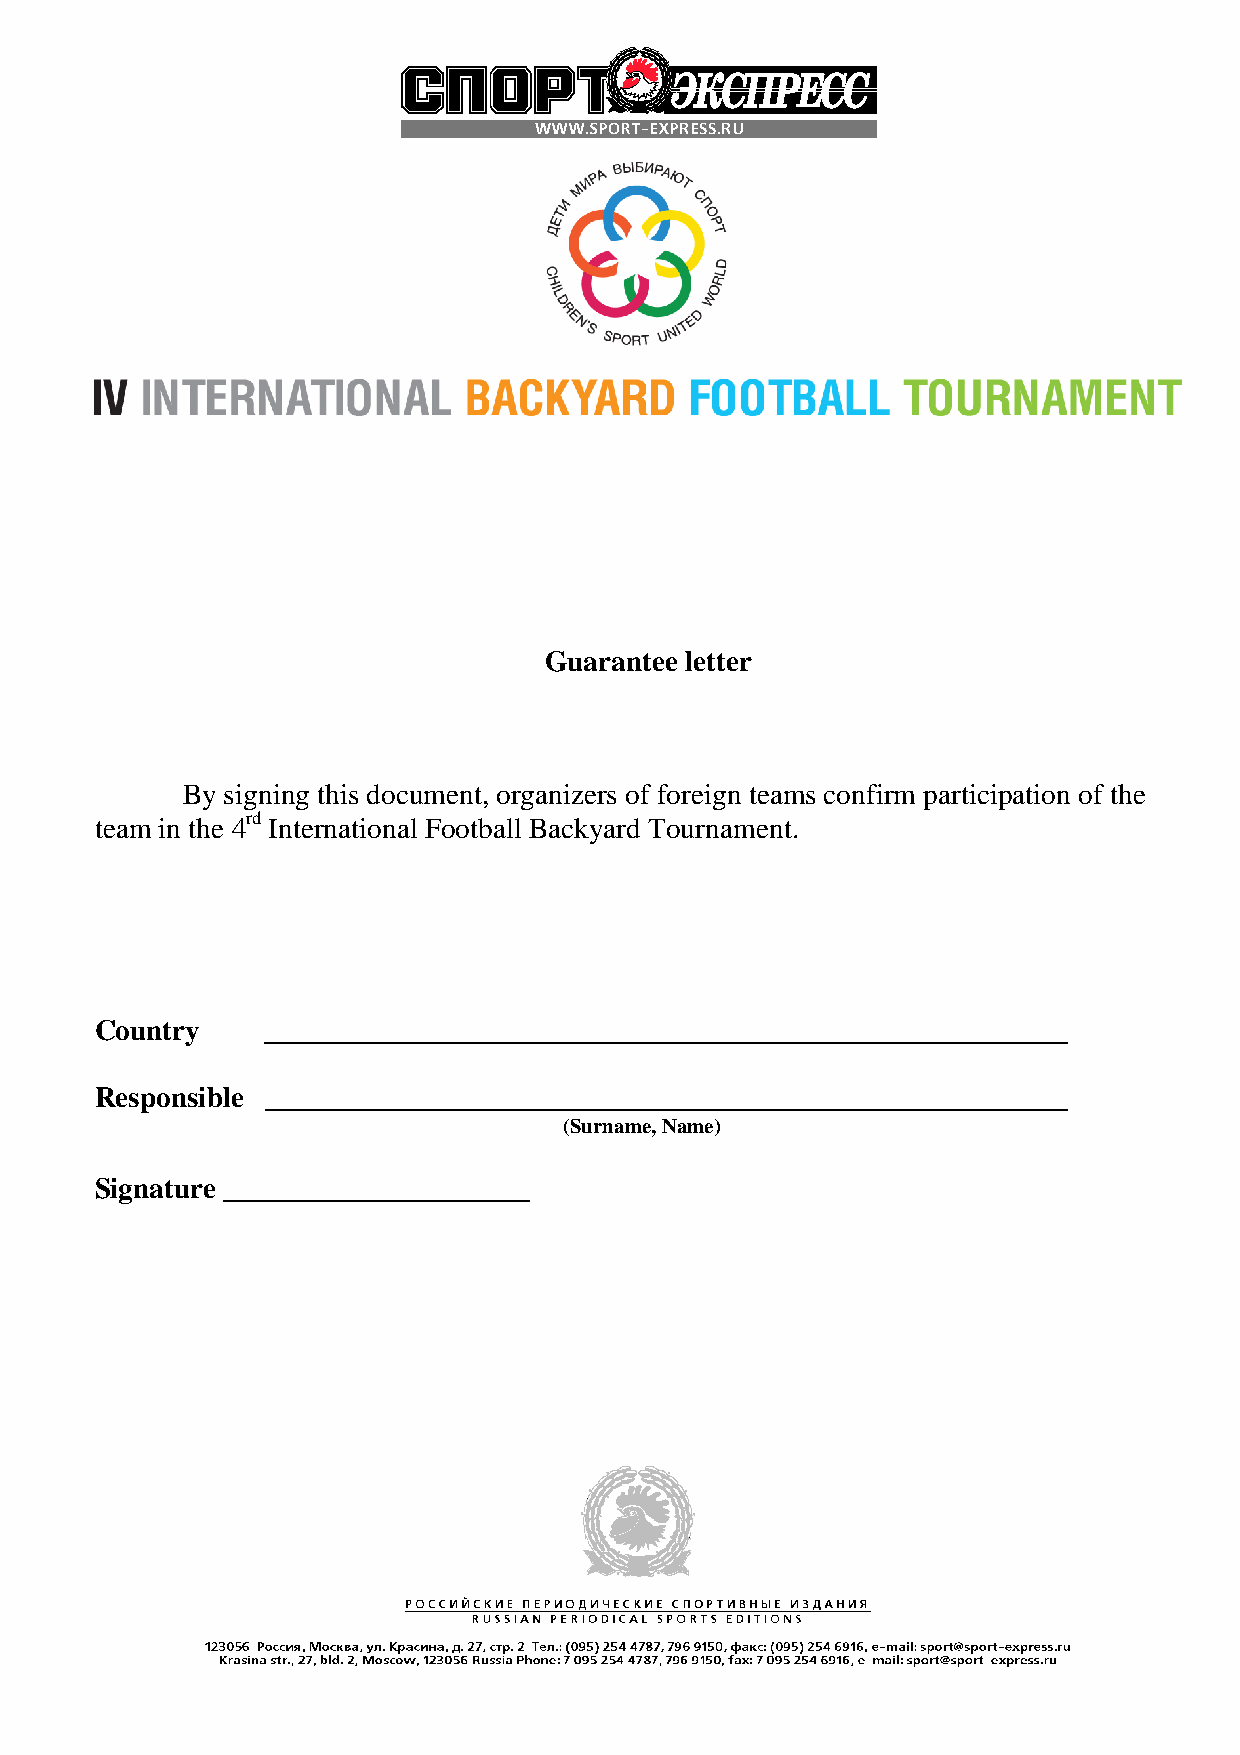
Guarantee letter
 By signing this document, organizers of foreign teams confirm participation of the
 team in the 4rd International Football Backyard Tournament.
 Country     _______________________________________________________
 Responsible _______________________________________________________
 (Surname, Name)
 Signature _____________________